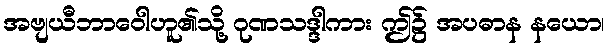
အဗျယီဘာဝေါဟူ၏သို့ ဂုဏသဒ္ဒါကား ဤ၌ အပဓာန နယော၊